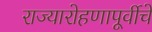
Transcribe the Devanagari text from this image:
राज्यारोहणापूर्वीचे